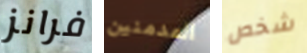
فرانز المدمنين شخص